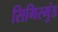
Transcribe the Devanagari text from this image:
सिगिस्मुंड